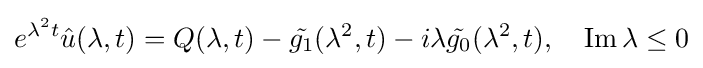
e^{\lambda ^{2}t}{\hat {u}}(\lambda ,t)=Q(\lambda ,t)-{\tilde {g_{1}}}(\lambda ^{2},t)-i\lambda {\tilde {g_{0}}}(\lambda ^{2},t),\quad \operatorname {Im} \lambda \leq 0